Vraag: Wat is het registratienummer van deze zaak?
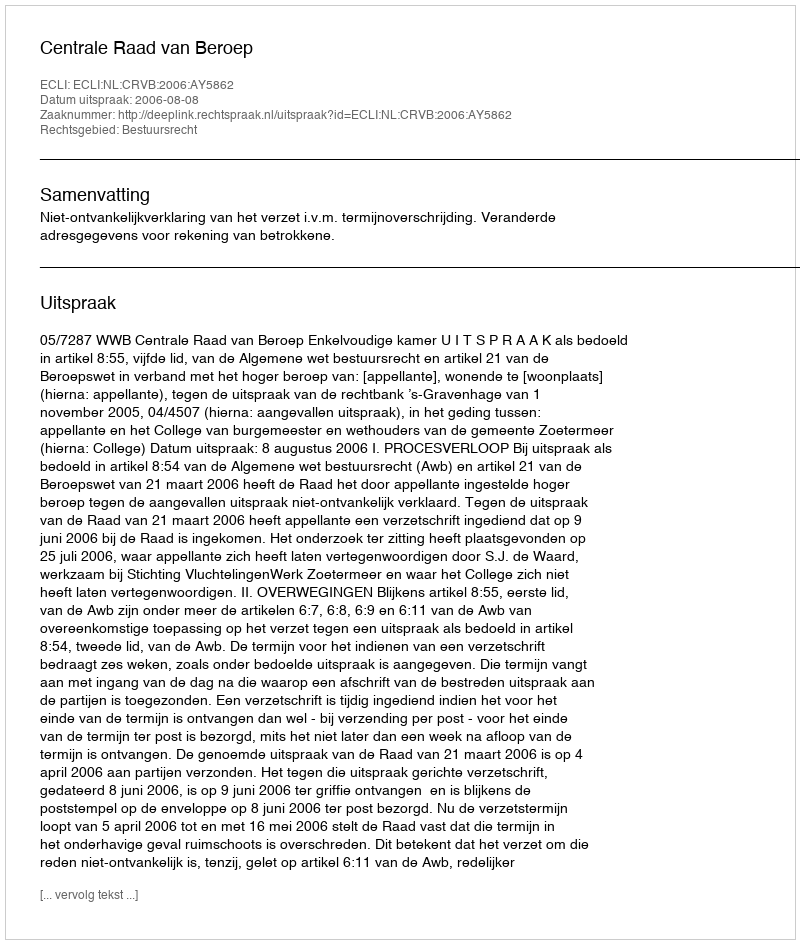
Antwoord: http://deeplink.rechtspraak.nl/uitspraak?id=ECLI:NL:CRVB:2006:AY5862